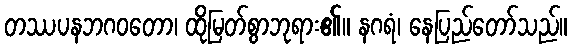
တဿပနဘဂဝတော၊ ထိုမြတ်စွာဘုရား၏။ နဂရံ၊ နေပြည်တော်သည်။